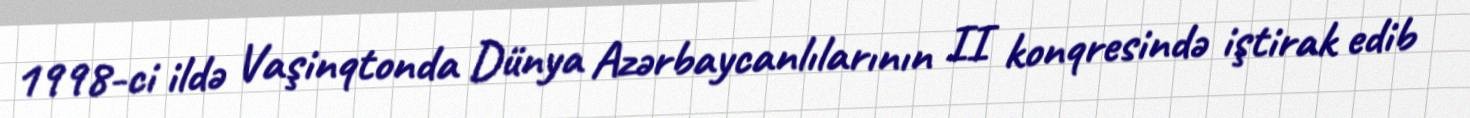
1998-ci ildə Vaşinqtonda Dünya Azərbaycanlılarının II konqresində iştirak edib